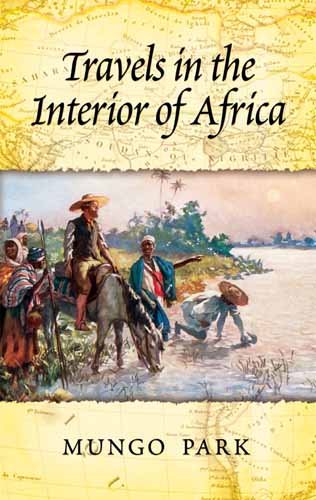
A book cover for Travels in the Interior of Africa; Mungo Park; Travel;